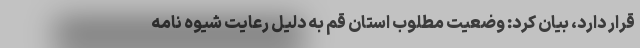
قرار دارد، بیان کرد: وضعیت مطلوب استان قم به دلیل رعایت شیوه نامه